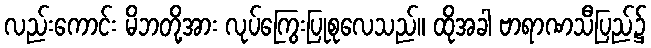
လည်းကောင်း မိဘတို့အား လုပ်ကြွေးပြုစုလေသည်။ ထိုအခါ ဗာရာဏသီပြည်၌